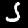
Digit: 5